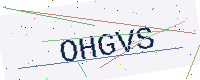
Text: OHGVS